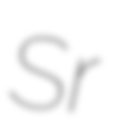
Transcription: Sr